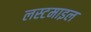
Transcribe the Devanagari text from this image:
लस्टमाइल